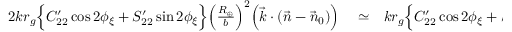
\begin{array} { r l r } { 2 k r _ { g } \Big \{ C _ { 2 2 } ^ { \prime } \cos 2 \phi _ { \xi } + S _ { 2 2 } ^ { \prime } \sin 2 \phi _ { \xi } \Big \} \Big ( \frac { R _ { \oplus } } { b } \Big ) ^ { 2 } \Big ( { \vec { k } } \cdot ( { \vec { n } } - { \vec { n } } _ { 0 } ) \Big ) } & { { } \simeq } & { k r _ { g } \Big \{ C _ { 2 2 } ^ { \prime } \cos 2 \phi _ { \xi } + S _ { 2 2 } ^ { \prime } \sin 2 \phi _ { \xi } \Big \} \lesssim } \end{array}